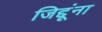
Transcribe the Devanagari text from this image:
जिद्दूंना